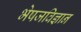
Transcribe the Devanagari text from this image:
भेषजविज्ञान